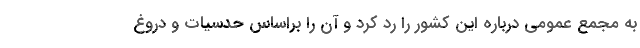
به مجمع عمومی درباره این کشور را رد کرد و آن را براساس حدسیات و دروغ